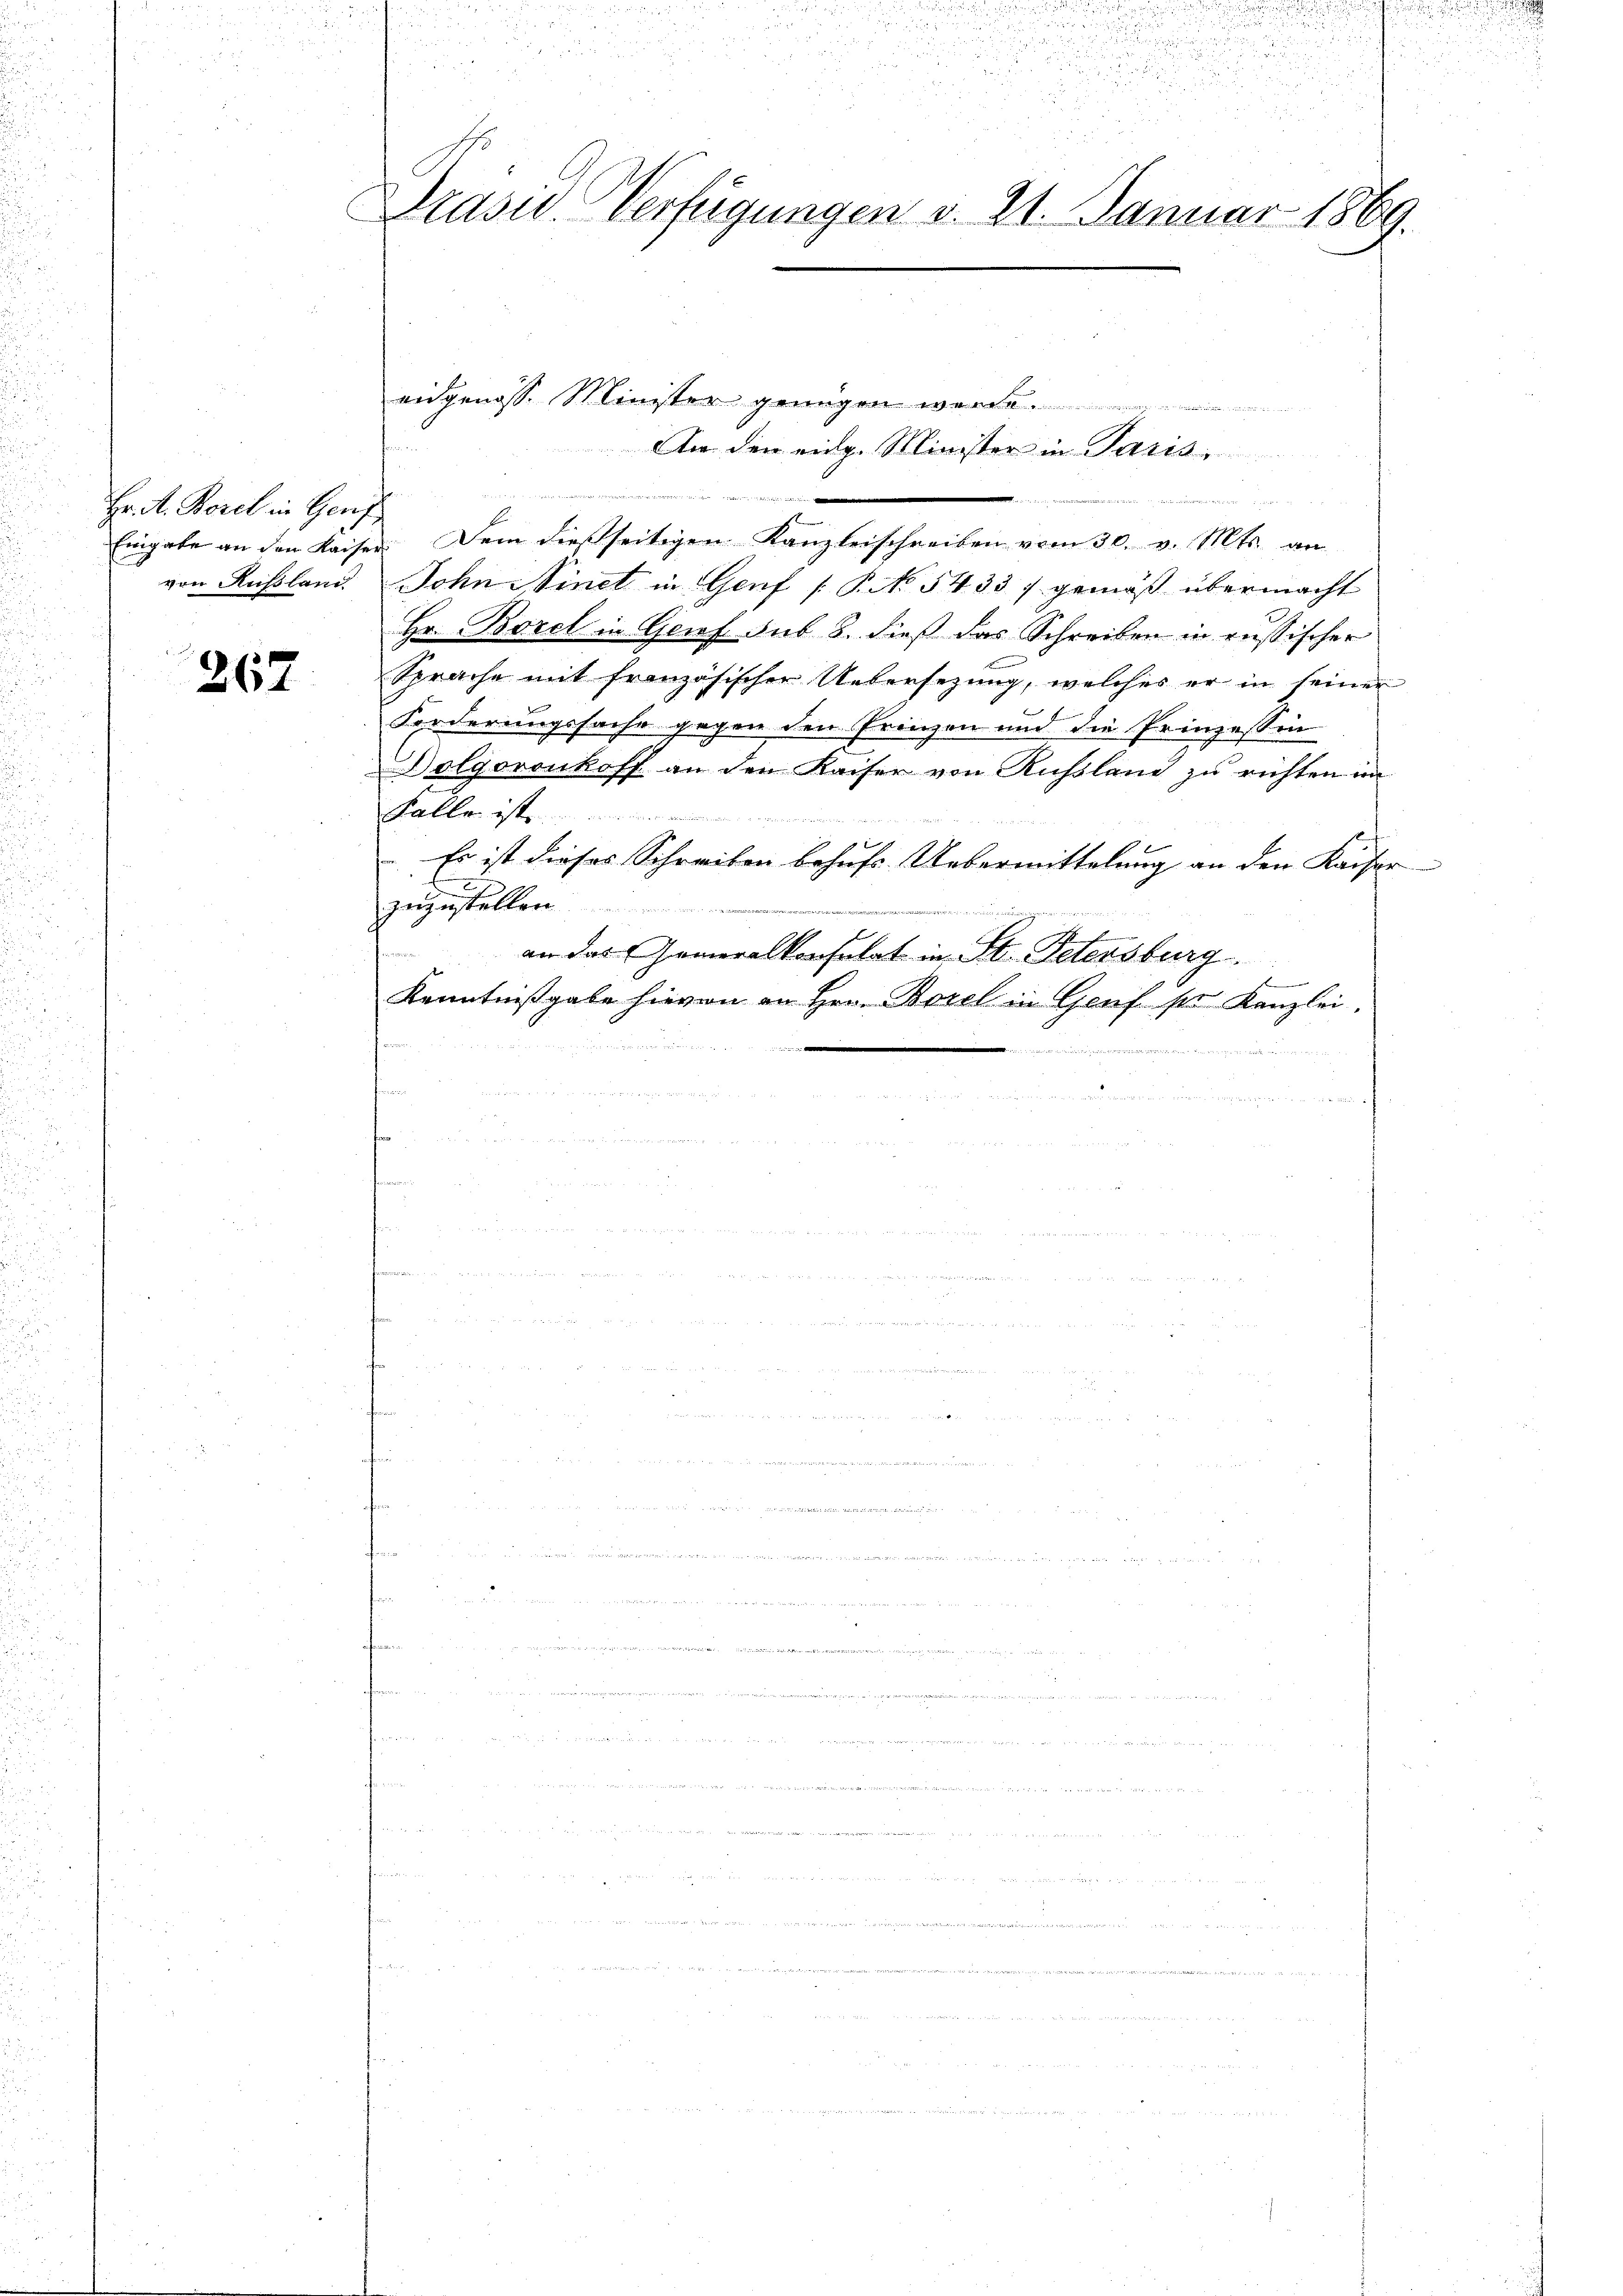
Hr. A. Borel in Genf
von Rußland.

267

5
u

u
e
Prasis. Verfügungen d. 21. Januar 1869.

angenosse Minister genügen we
An den eidg. Minister in Paris

 Hegets de
Eingabe an den Kaiser. Dem dießseitigen Kanzleischreiben vom 30. v. Mts. an
Sohn Sinet in Genf [P.N. 5433 / gemäß übermacht
Hr. Borel in Genf sub 8. dieß das Schreiben in russischer
Sprache mit französischer Uebersezung, welches er in seiner
Forderungssache gegen den Prinzen und die Prinzessin
olgoronkoff an den Kaiser von Rußland zu richten im
Falle ist
 Er ist dieses Schreiben behufs Uebermittelung an den Kaiser
zuzustellen
an das Generalkonsulat in St. Petersburg

Kenntnißgabe hievon an Hrn. Borel in Genf ser Kanzlei.

e
u
u momen
u
u